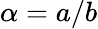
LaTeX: \alpha=a/b